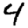
Digit: 4